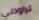
تراودني